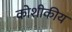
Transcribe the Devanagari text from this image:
कोशीकीय